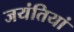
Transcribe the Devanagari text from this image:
जयंतियां